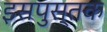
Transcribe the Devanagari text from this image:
इसपुस्तक